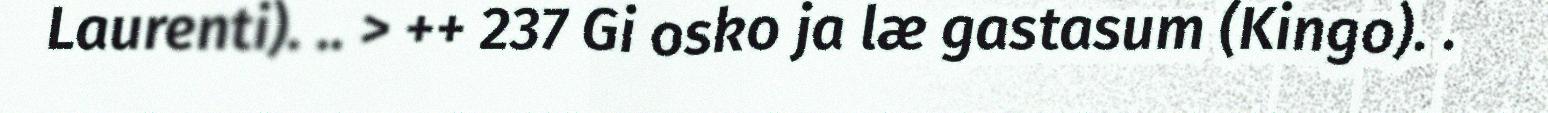
Laurenti). .. > ++ 237 Gi osko ja læ gastasum (Kingo). .